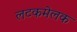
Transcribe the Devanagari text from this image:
लटकमेलक